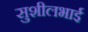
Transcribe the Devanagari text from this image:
सुशीलभाई